Annual report of the Madras Medical College
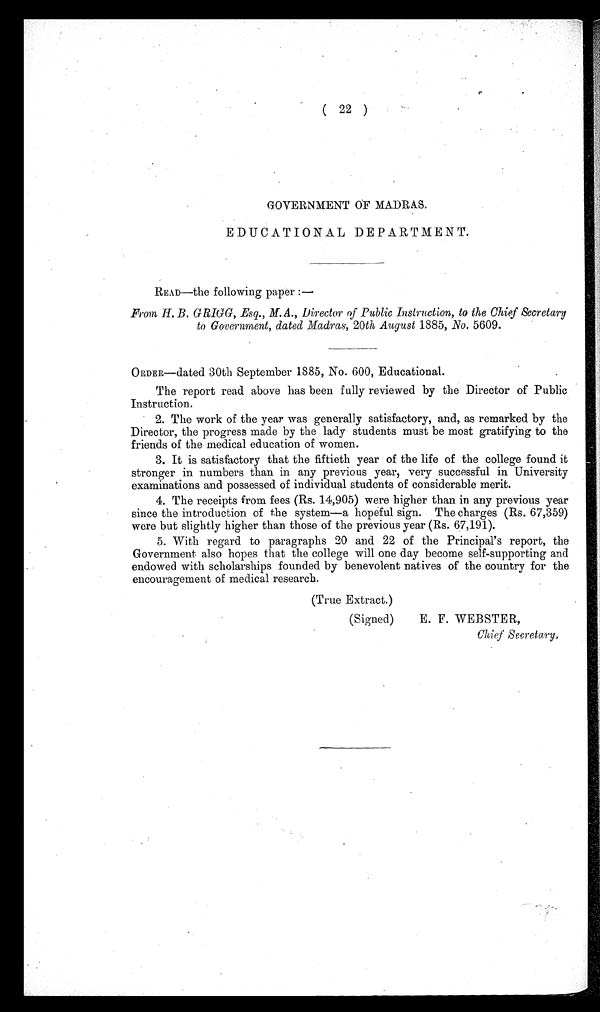
(22)
GOVERNMENT OF MADRAS.
EDUCATIONAL DEPARTMENT.
READ—the following paper :—
From H. B. GRIGG, Esq., M. A., Director of Public Instruction, to the Chief Secretary
to Government, dated Madras, 20 th August 1885, No. 5609.
ORDER—dated 30th September 1885, No. 600, Educational.
The report read above has been fully reviewed by the Director of Public
Instruction.
2. The work of the year was generally satisfactory, and, as remarked by the
Director, the progress made by the lady students must be most gratifying to the
friends of the medical education of women.
3. It is satisfactory that the fiftieth year of the life of the college found it
stronger in numbers than in any previous year, very successful in University
examinations and possessed of individual students of considerable merit.
4. The receipts from fees (Rs. 14,905) were higher than in any previous year
since the introduction of the system—a hopeful sign. The charges (Rs. 67,359)
were but slightly higher than those of the previous year (Rs. 67,191).
5. With regard to paragraphs 20 and 22 of the Principal's report, the
Government also hopes that the college will one day become self-supporting and
endowed with scholarships founded by benevolent natives of the country for the
encouragement of medical research.
(True Extract.)
(Signed) E. F. WEBSTER,
Chief Secretary.